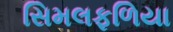
સિમલફળિયા